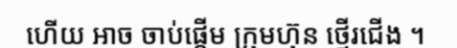
ហើយ អាច ចាប់ផ្តើម ក្រុមហ៊ុន ថ្មើរជើង ។